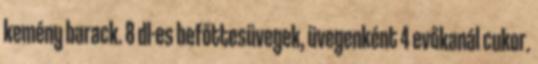
kemény barack. 8 dl-es befőttesüvegek, üvegenként 4 evőkanál cukor.